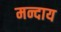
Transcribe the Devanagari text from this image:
मन्दाय